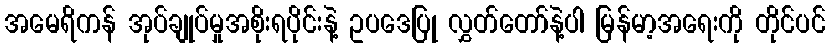
အမေရိကန် အုပ်ချုပ်မှုအစိုးရပိုင်းနဲ့ ဥပဒေပြု လွှတ်တော်နဲ့ပါ မြန်မာ့အရေးကို တိုင်ပင်